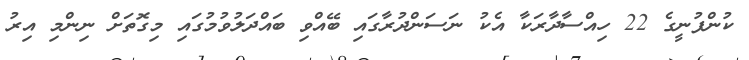
ކުންފުނީގެ 22 ހިއްސާދާރަކާ އެކު ނަސަންދުރާގައި ބޭއްވި ބައްދަލުވުމުގައި މިގޮތަށް ނިންމި އިރު